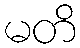
မတိ